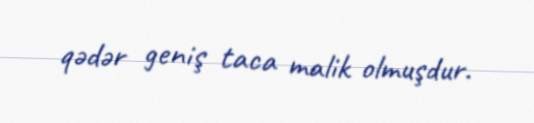
qədər geniş taca malik olmuşdur.